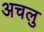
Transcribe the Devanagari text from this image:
अचलु